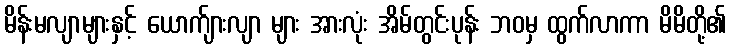
မိန်းမလျာများနှင့် ယောက်ျားလျာ များ အားလုံး အိမ်တွင်းပုန်း ဘဝမှ ထွက်လာကာ မိမိတို့၏